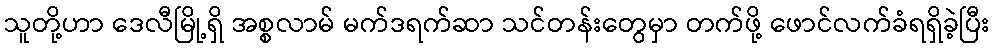
သူတို့ဟာ ဒေလီမြို့ရှိ အစ္စလာမ် မက်ဒရက်ဆာ သင်တန်းတွေမှာ တက်ဖို့ ဖောင်လက်ခံရရှိခဲ့ပြီး